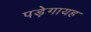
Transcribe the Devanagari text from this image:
पड़ेगायह